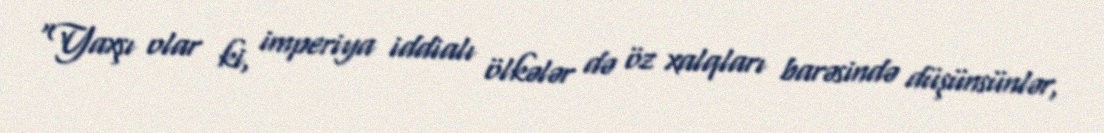
“Yaxşı olar ki, imperiya iddialı ölkələr də öz xalqları barəsində düşünsünlər,